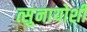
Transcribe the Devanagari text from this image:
त्सुनायोशी